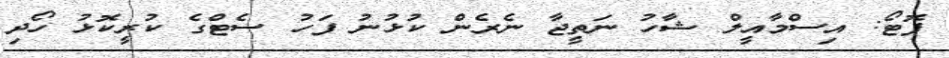
ފޮޓޯ: އިސްމާއީލް ޝާހު ނަތީޖާ ނެރެން ކުޅުނު ފަހު ސެޓްގެ ކުރީކޮޅު ހޯދި